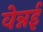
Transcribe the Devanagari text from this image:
वेन्नई